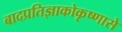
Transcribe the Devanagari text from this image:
बादप्रतिज्ञाकोकृष्णासे